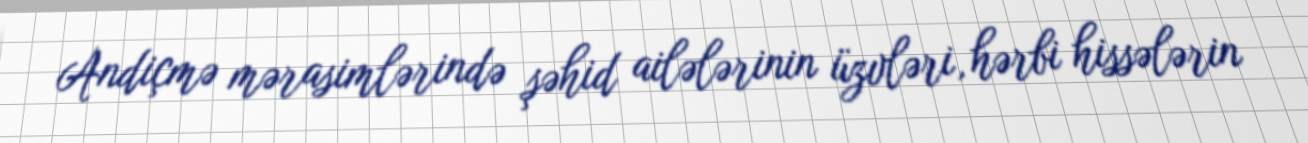
Andiçmə mərasimlərində şəhid ailələrinin üzvləri, hərbi hissələrin